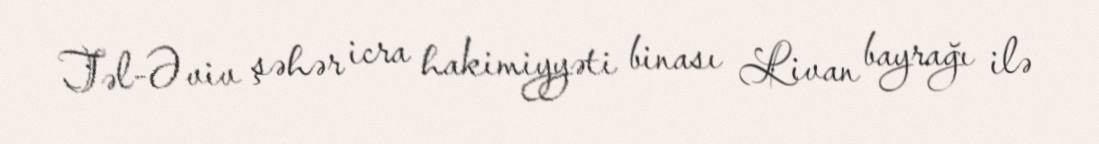
Təl-Əviv şəhər icra hakimiyyəti binası Livan bayrağı ilə